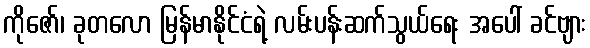
ကိုဇော်၊ ခုတလော မြန်မာနိုင်ငံရဲ့ လမ်းပန်းဆက်သွယ်ရေး အပေါ် ခင်ဗျား